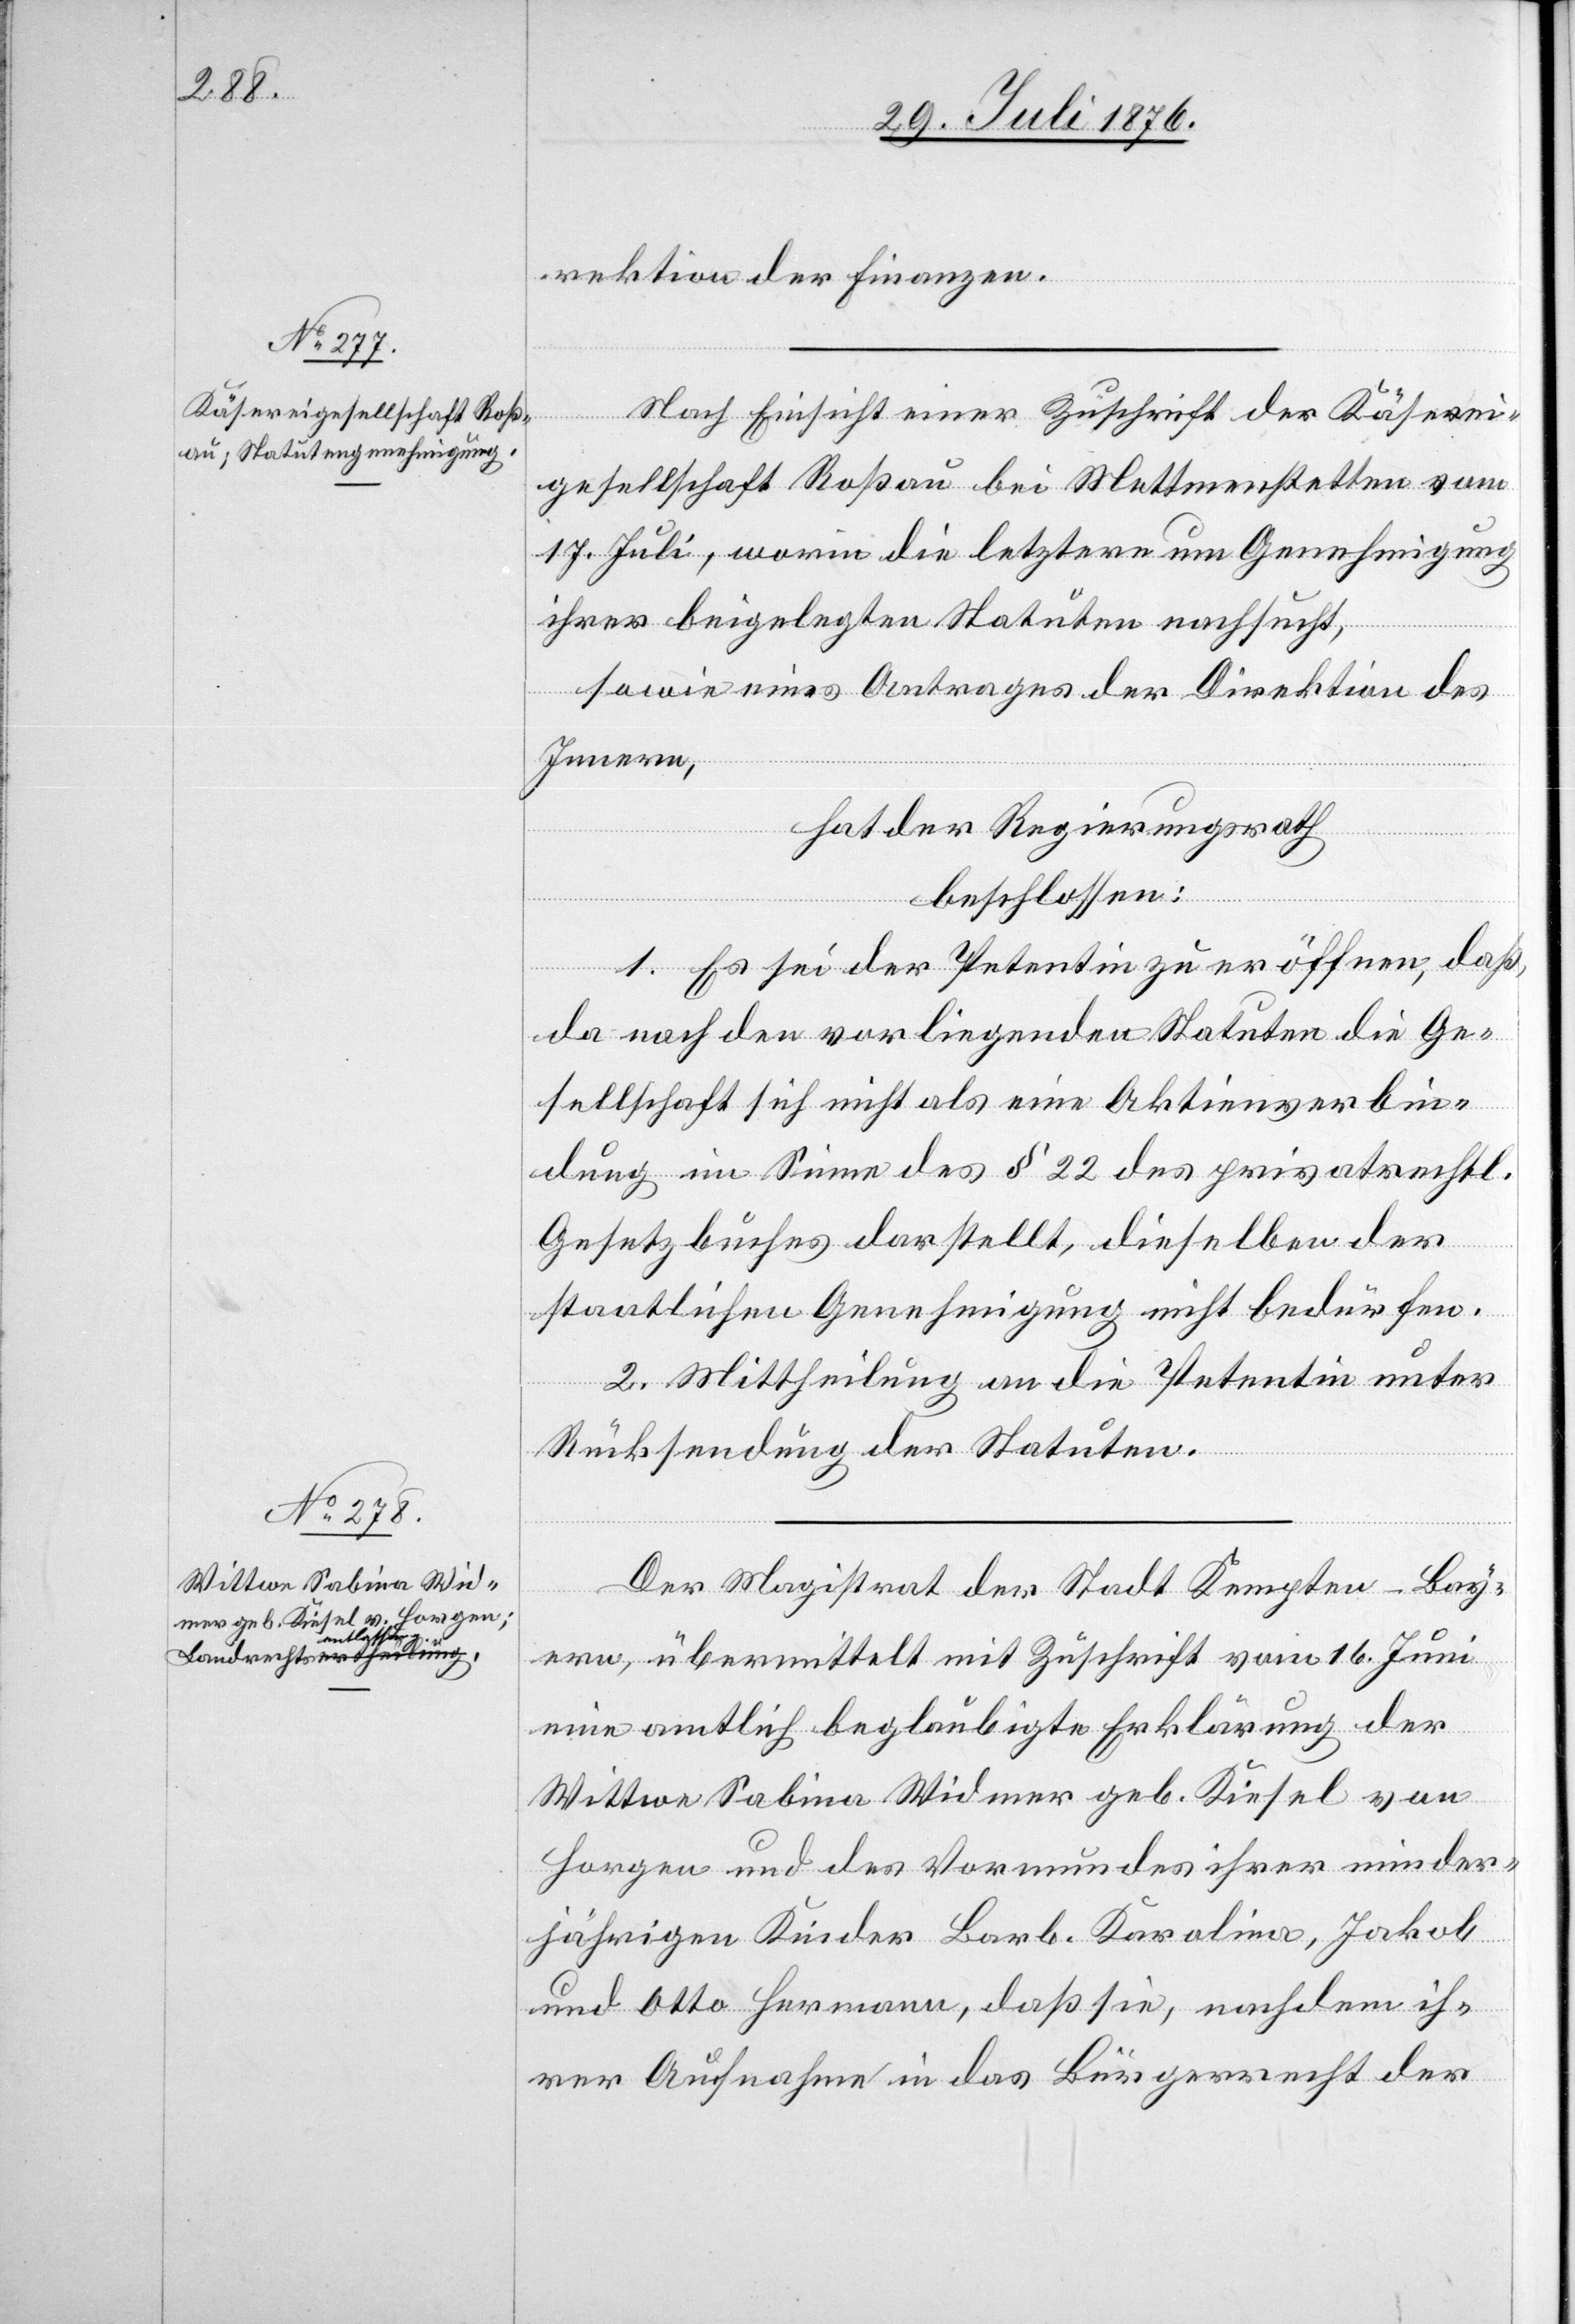
rektion der Finanzen.
Nach Einsicht einer Zuschrift der Käserei¬
gesellschaft Roßau bei Mettmenstetten vom
17. Juli, worin die letztere um Genehmigung
ihrer beigelegten Statuten nachsucht,
sowie eines Antrages der Direktion des
Innern,
hat der Regierungsrath
beschlossen:
1. Es sei der Petentin zu eröffnen, daß,
da nach den vorliegenden Statuten die Ge¬
sellschaft sich nicht als eine Aktienverbin¬
dung im Sinne des § 22 des privatrechtl.
Gesetzbuches darstellt, dieselben der
staatlichen Genehmigung nicht bedürfen.
2. Mittheilung an die Petentin unter
Rücksendung der Statuten.
Der Magistrat der Stadt Kempten - Bay¬
ern, übermittelt mit Zuschrift vom 16. Juni
eine amtlich beglaubigte Erklärung der
Wittwe Sabina Widmer geb. Kiesel von
Horgen und des Vormundes ihrer minder¬
jährigen Kinder Barb. Karolina, Jakob
und Otto Hermann, daß sie, nachdem ih¬
rer Aufnahme in das Bürgerrecht der